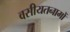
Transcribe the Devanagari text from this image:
वसीयतनामों